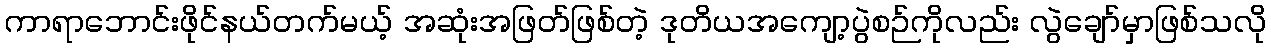
ကာရာဘောင်းဖိုင်နယ်တက်မယ့် အဆုံးအဖြတ်ဖြစ်တဲ့ ဒုတိယအကျော့ပွဲစဉ်ကိုလည်း လွဲချော်မှာဖြစ်သလို